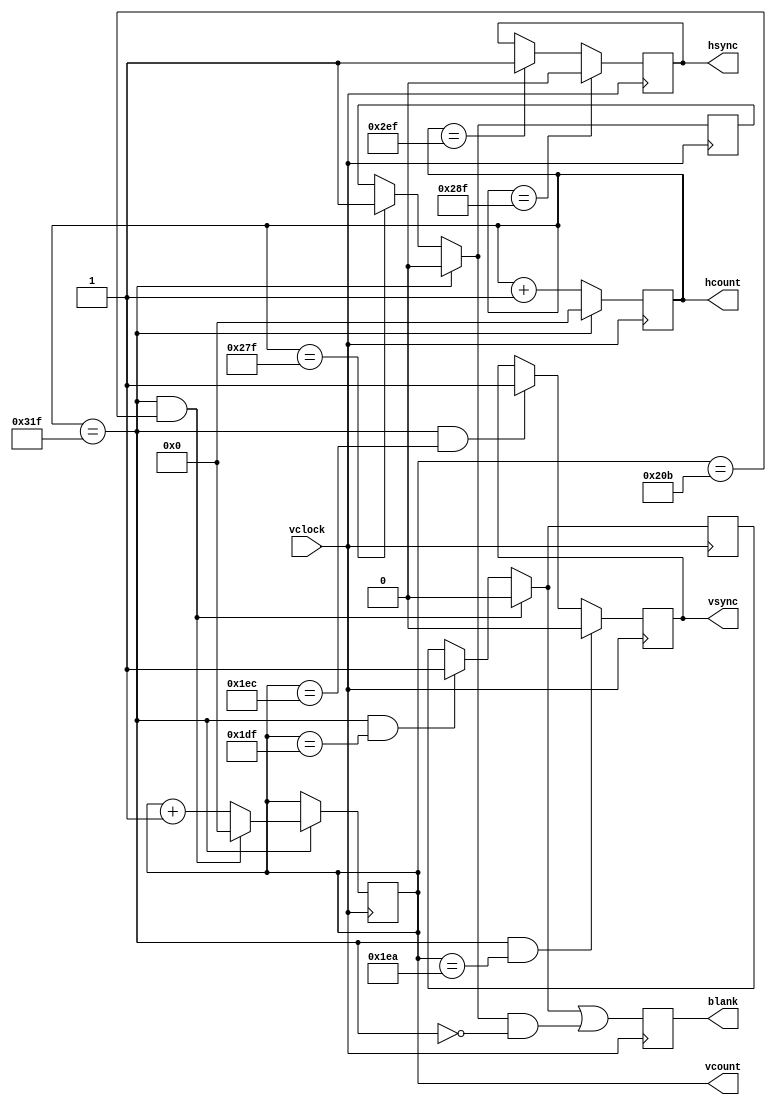
module vga_6(input vclock,
            output reg [9:0] hcount,  
            output reg [9:0] vcount,  
            output reg vsync,hsync,blank);
parameter VGA_HBLANKON  =  10'd639;
parameter VGA_HSYNCON   =  10'd655;
parameter VGA_HSYNCOFF  =  10'd751;
parameter VGA_HRESET    =  10'd799;
parameter VGA_VBLANKON  =  10'd479;
parameter VGA_VSYNCON   =  10'd490;
parameter VGA_VSYNCOFF  =  10'd492;
parameter VGA_VRESET    =  10'd523;
reg hblank,vblank;
wire hsyncon,hsyncoff,hreset,hblankon;
assign hblankon = (hcount == VGA_HBLANKON);
assign hsyncon = (hcount == VGA_HSYNCON);
assign hsyncoff = (hcount == VGA_HSYNCOFF);
assign hreset = (hcount == VGA_HRESET);
wire vsyncon,vsyncoff,vreset,vblankon;
assign vblankon = hreset & (vcount == VGA_VBLANKON);
assign vsyncon = hreset & (vcount == VGA_VSYNCON);
assign vsyncoff = hreset & (vcount == VGA_VSYNCOFF);
assign vreset = hreset & (vcount == VGA_VRESET);
wire next_hblank,next_vblank;
assign next_hblank = hreset ? 0 : hblankon ? 1 : hblank;
assign next_vblank = vreset ? 0 : vblankon ? 1 : vblank;
always @(posedge vclock) begin
    hcount <= hreset ? 0 : hcount + 1;
    hblank <= next_hblank;
    hsync <= hsyncon ? 0 : hsyncoff ? 1 : hsync;  
    vcount <= hreset ? (vreset ? 0 : vcount + 1) : vcount;
    vblank <= next_vblank;
    vsync <= vsyncon ? 0 : vsyncoff ? 1 : vsync;  
    blank <= next_vblank | (next_hblank & ~hreset);
end
endmodule